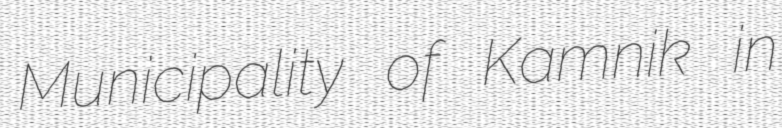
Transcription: Municipality of Kamnik in